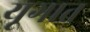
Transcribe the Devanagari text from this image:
यूगात